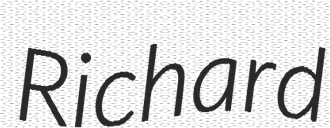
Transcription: Richard